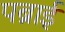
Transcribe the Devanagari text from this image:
पब्राई